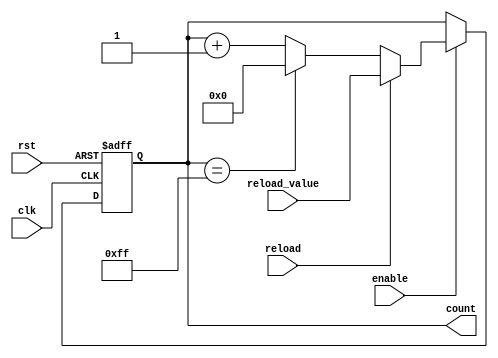
module ModuloNUpCounter (
    input wire clk,
    input wire rst,
    input wire enable,
    input wire reload,
    input wire [7:0] reload_value,
    output reg [7:0] count
);

parameter N = 256; // Change this parameter according to user's requirement

always @(posedge clk or posedge rst) begin
    if (rst) begin
        count <= 8'b0;
    end else begin
        if (enable) begin
            if (reload) begin
                count <= reload_value;
            end else begin
                if (count == N-1) begin
                    count <= 8'b0;
                end else begin
                    count <= count + 1;
                end 
            end 
        end 
    end 
end 

endmodule